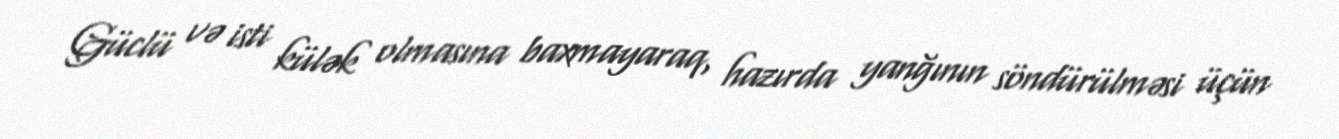
Güclü və isti külək olmasına baxmayaraq, hazırda yanğının söndürülməsi üçün